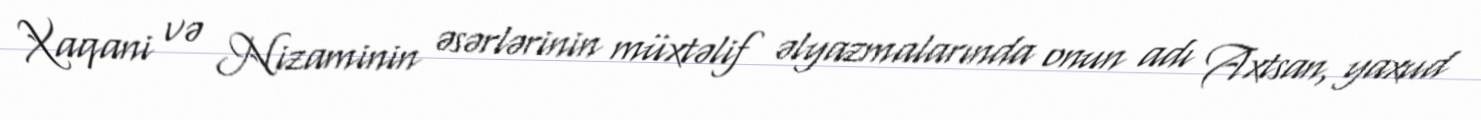
Xaqani və Nizaminin əsərlərinin müxtəlif əlyazmalarında onun adı Axtsan, yaxud